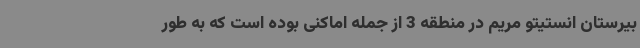
بیرستان انستیتو مریم در منطقه 3 از جمله اماکنی بوده است که به طور